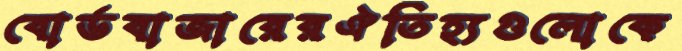
বোর্ডবাজারেরঐতিহ্যগুলোকে